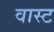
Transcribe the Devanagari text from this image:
वास्ट